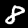
Digit: 8